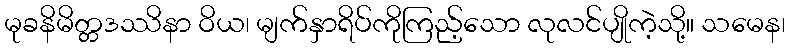
မုခနိမိတ္တဒဿိနာ ဝိယ၊ မျက်နှာရိပ်ကိုကြည့်သော လုလင်ပျိုကဲ့သို့။ သမေန၊